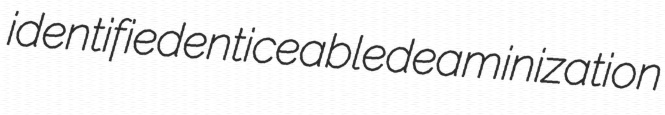
identified enticeable deaminization